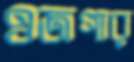
ওজগার